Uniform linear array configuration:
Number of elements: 64
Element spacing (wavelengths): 0.75
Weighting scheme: cosine
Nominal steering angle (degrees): -15
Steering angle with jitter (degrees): -14.615
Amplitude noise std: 0.05
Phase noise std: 0.05

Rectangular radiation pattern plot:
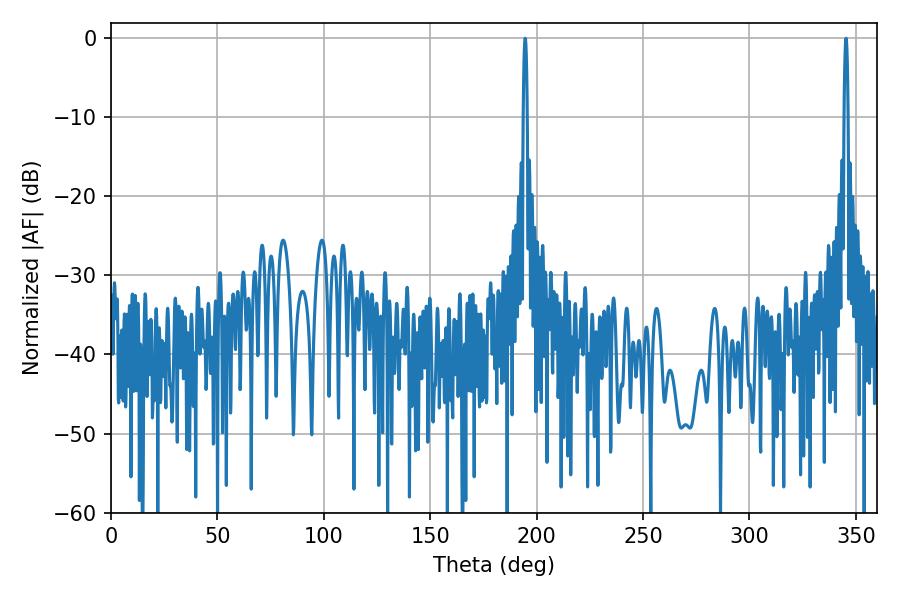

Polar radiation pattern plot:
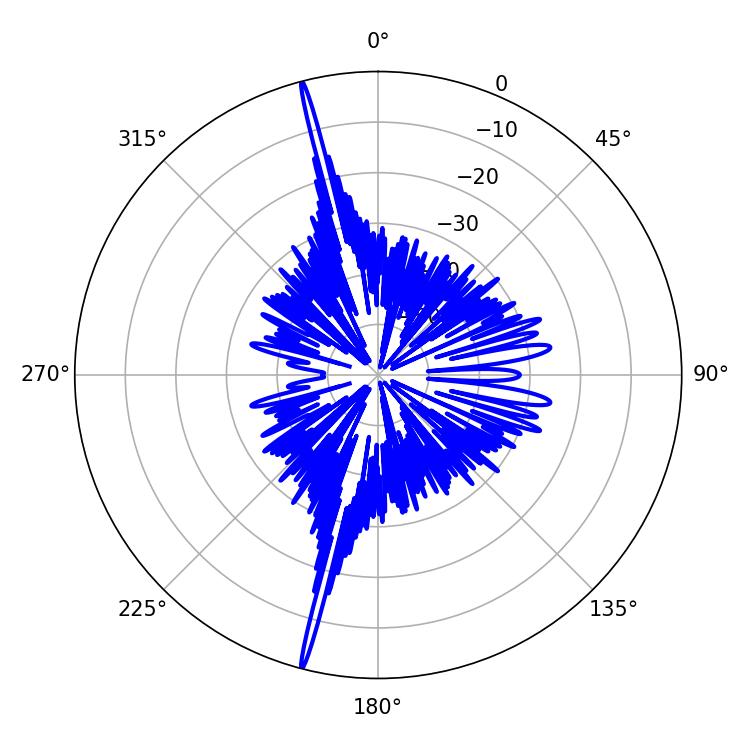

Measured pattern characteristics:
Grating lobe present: TRUE
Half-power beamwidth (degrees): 0.9
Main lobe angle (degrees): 194.58